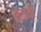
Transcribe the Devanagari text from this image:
सेवाथीं